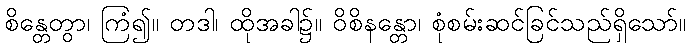
စိန္တေတွာ၊ ကြံ၍။ တဒါ၊ ထိုအခါ၌။ ဝိစိနန္တော၊ စုံစမ်းဆင်ခြင်သည်ရှိသော်။